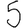
Digit: 5